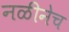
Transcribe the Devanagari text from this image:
नळीनेच